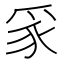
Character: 𭶮